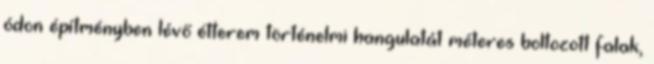
ódon építményben lévő étterem történelmi hangulatát méteres boltozott falak,